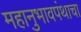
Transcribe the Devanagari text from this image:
महानुभावपंथाचा